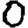
Digit: 0